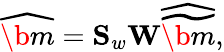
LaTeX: \widehat{\b{m}}=\mathbf{S}_{w}\mathbf{W}\widehat{\widetilde{\b{m}}},